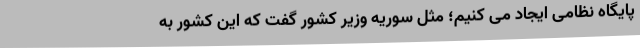
پایگاه نظامی ایجاد می کنیم؛ مثل سوریه وزیر کشور گفت که این کشور به